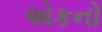
એકનો